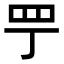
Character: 𦉬